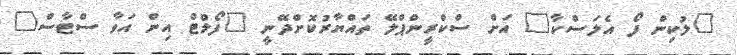
"ލުކިން ފޯ އެލަސްކާ" އަށް ސްކްރީންޕްލޭ ތައްޔާރުކޮށްދޭނީ "ފޯލްޓް އިން އަވާ ސްޓާސް"